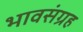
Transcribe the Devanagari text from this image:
भावसंग्रह